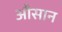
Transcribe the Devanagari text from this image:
औसान